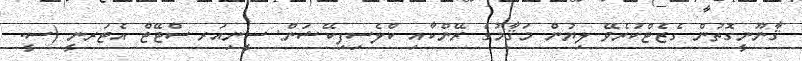
ޤާނޫނީގޮތުން ގެޒެޓްކުރެވޭ ލިޔުން މަޤާމުގެ ރޭންކާއި ކްލެސިފިކޭޝަން: ސީނިއަރ ސްޓޭޓް އެޓަރނީ (ސީ.